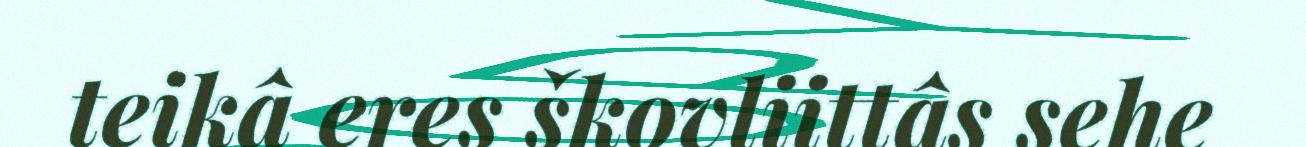
teikâ eres škovliittâs sehe